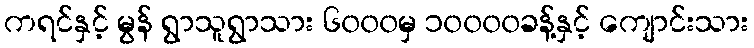
ကရင်နှင့် မွန် ရွာသူရွာသား ၆၀၀၀မှ ၁၀၀၀၀ခန့်နှင့် ကျောင်းသား